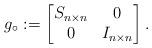
LaTeX: \begin{align*}g_\circ:=\begin{bmatrix} S_{n\times n}& 0\\ 0& I_{n\times n} \end{bmatrix}.\end{align*}